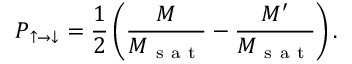
P _ { \uparrow \to \downarrow } = \frac { 1 } { 2 } \left( \frac { M } { M _ { \mathrm { ~ s ~ a ~ t ~ } } } - \frac { M ^ { \prime } } { M _ { \mathrm { ~ s ~ a ~ t ~ } } } \right) .